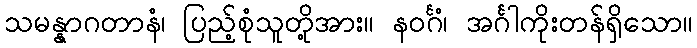
သမန္နာဂတာနံ၊ ပြည့်စုံသူတို့အား။ နဝင်္ဂံ၊ အင်္ဂါကိုးတန်ရှိသော။